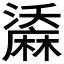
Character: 𪎤